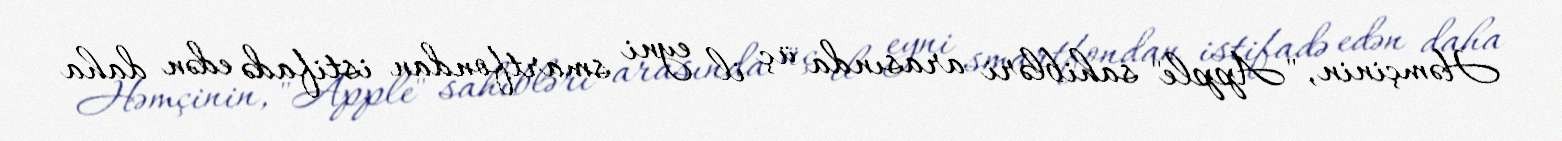
Həmçinin, "Apple" sahibləri arasında üç il eyni smartfondan istifadə edən daha